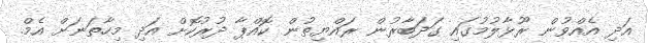
އަދި އެއްވުން ރޫޅާލުމުގައި ގަދަބާރުން ރައްޔިތުން ކޮއްޕާ ދުރުކޮށް އަދި މިހާތަނަށް އެމް.